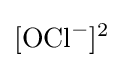
[{\mathrm {OCl} {\vphantom {A}}^{-}}]^{2}